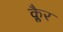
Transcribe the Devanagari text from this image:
क्लैर